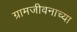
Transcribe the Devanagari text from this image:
ग्रामजीवनाच्या